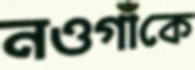
নওগাঁকে